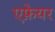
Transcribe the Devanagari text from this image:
एफ़ेयर